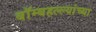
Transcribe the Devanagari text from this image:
बॉम्बहल्ल्यांच्या